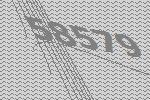
58579